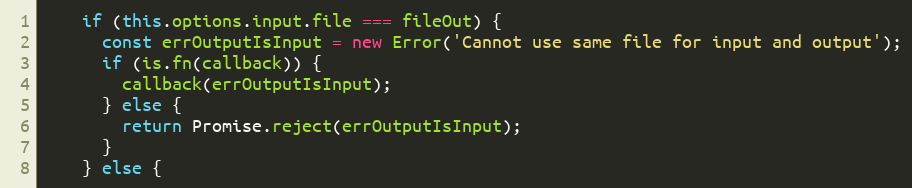
Language: JavaScript
    if (this.options.input.file === fileOut) {
      const errOutputIsInput = new Error('Cannot use same file for input and output');
      if (is.fn(callback)) {
        callback(errOutputIsInput);
      } else {
        return Promise.reject(errOutputIsInput);
      }
    } else {